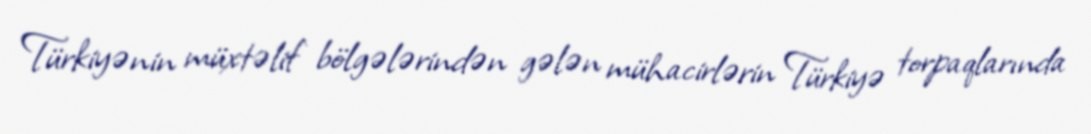
Türkiyənin müxtəlif bölgələrindən gələn mühacirlərin Türkiyə torpaqlarında